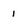
Character: 1